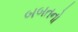
બબતનો